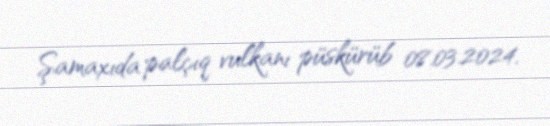
Şamaxıda palçıq vulkanı püskürüb 08.03.2024.